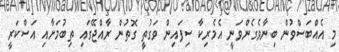
މި އެއްބަސްވުން ބިނާވެގެންވަނީ އެމެރިކާ ސިފައިން ވަގުތީ ގޮތުން ރާއްޖޭގައި ތިބުމަށާއި އަސްކަރީ